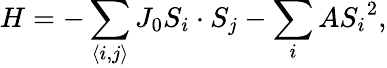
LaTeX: H=-\sum_{\langle i,j\rangle}J_{0}S_{i}\cdot S_{j}-\sum_{i}A{S_{i}}^{2},